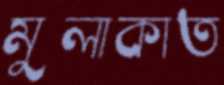
মুলাকাত